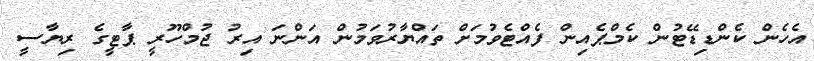
އެހެން ކެންޑިޑޭޓުން ކެމްޕެއިން ފެއްޓެވުމަށް ތައްޔާރުވަމުން އަންނަ އިރު ޖުމްހޫރީ ޕާޓީގެ ރިޔާސީ